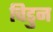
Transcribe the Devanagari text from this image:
चिडुन